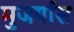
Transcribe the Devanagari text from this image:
मुजर्यास